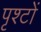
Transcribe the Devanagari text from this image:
पृश्टों